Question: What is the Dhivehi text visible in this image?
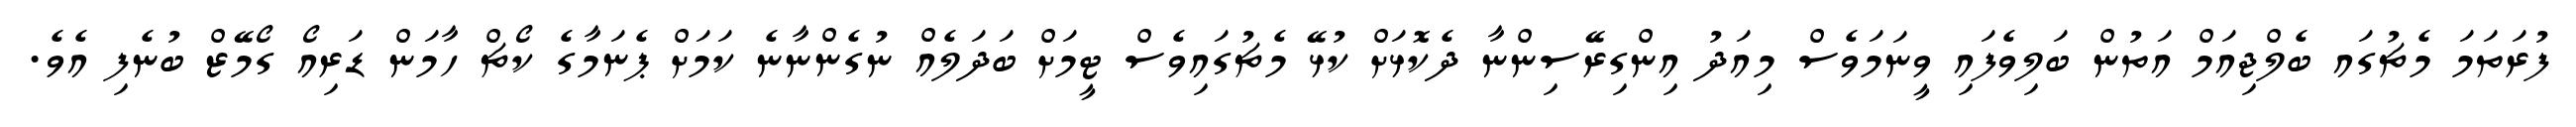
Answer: ފުރަތަމަ މެޗުގައ ބެލްޖިއަމް އަތުން ބަލިވެފައި ވީނަމަވެސް މިއަދު އިންގިރޭސިންނާ ދެކޮޅަށް ކުޅޭ މެޗުގައިވެސް ޓީމަށް ބަދަލެއް ނުގެންނާނެ ކަމަށް ޕެނަމާގެ ކޯޗް ހާމަން ޑަރިއޯ ގޯމޭޒް ބުނެފި އެވެ.